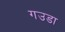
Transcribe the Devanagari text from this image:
गउडा